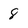
Character: 8